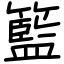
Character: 籃